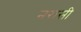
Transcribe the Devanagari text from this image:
नरासी